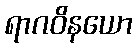
ရာဂဝိနယော